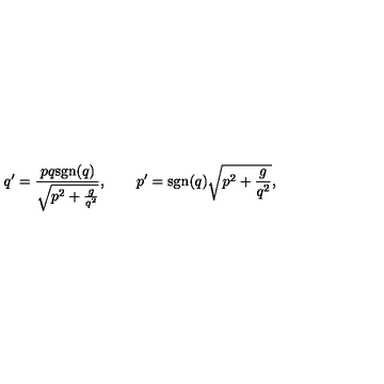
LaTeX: q ^ { \prime } = \frac { p q \mathrm { s g n } ( q ) } { \sqrt { p ^ { 2 } + \frac { g } { q ^ { 2 } } } } , \qquad p ^ { \prime } = \mathrm { s g n } ( q ) \sqrt { p ^ { 2 } + \frac { g } { q ^ { 2 } } } ,